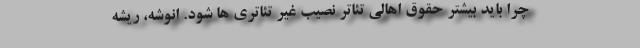
چرا باید بیشتر حقوق اهالی تئاتر نصیب غیر تئاتری ها شود. انوشه، ریشه